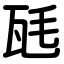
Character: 瓱